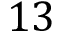
1 3